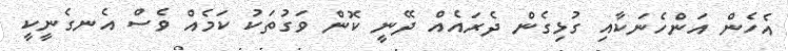
އެހެން އަންހެނަކާއި ގުޅިގެން ދެރައެއް ދޭނީ ކޮން ވަގުތަކު ކަމެއް ވެސް އެނގެނީކީ